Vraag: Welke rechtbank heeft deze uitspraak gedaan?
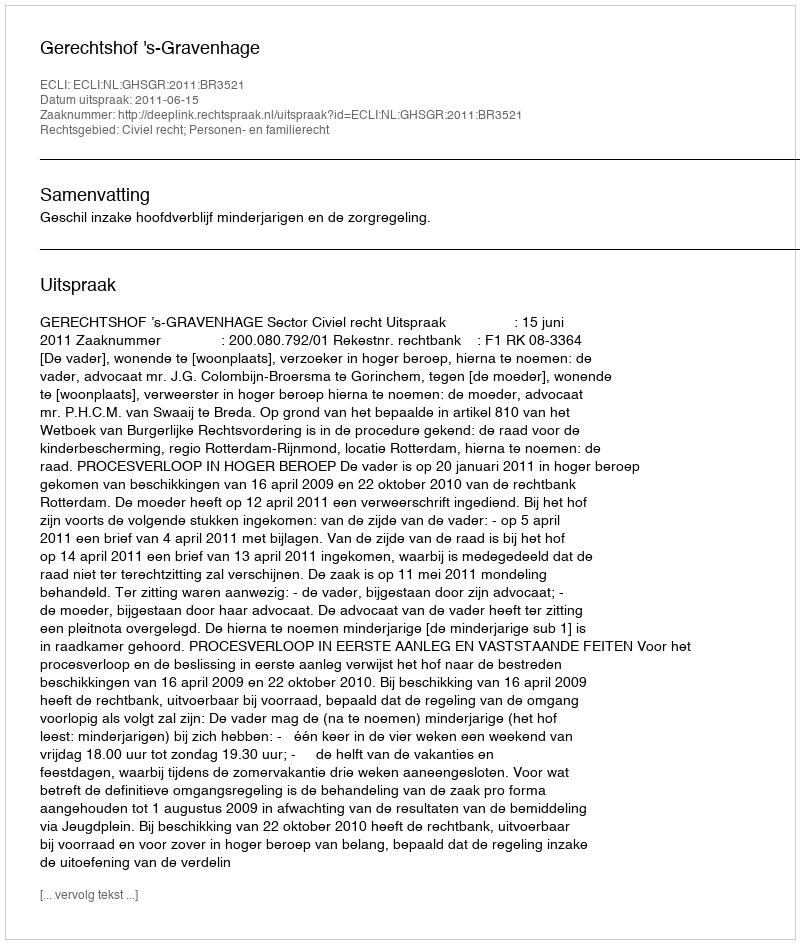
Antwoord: Gerechtshof 's-Gravenhage